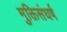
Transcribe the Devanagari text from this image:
मुक्तिसंघर्ष